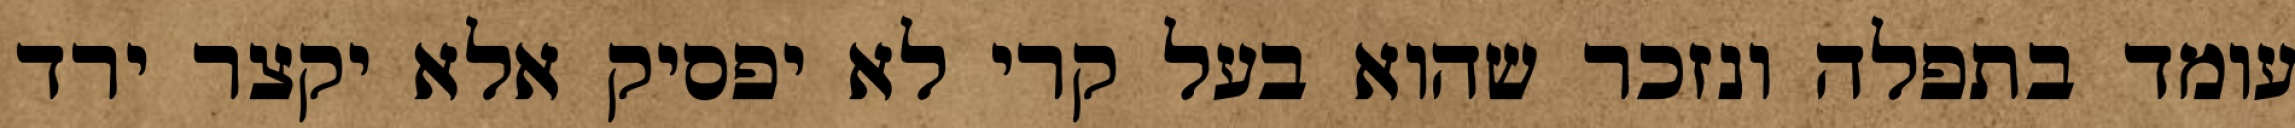
עומד בתפלה ונזכר שהוא בעל קרי לא יפסיק אלא יקצר ירד